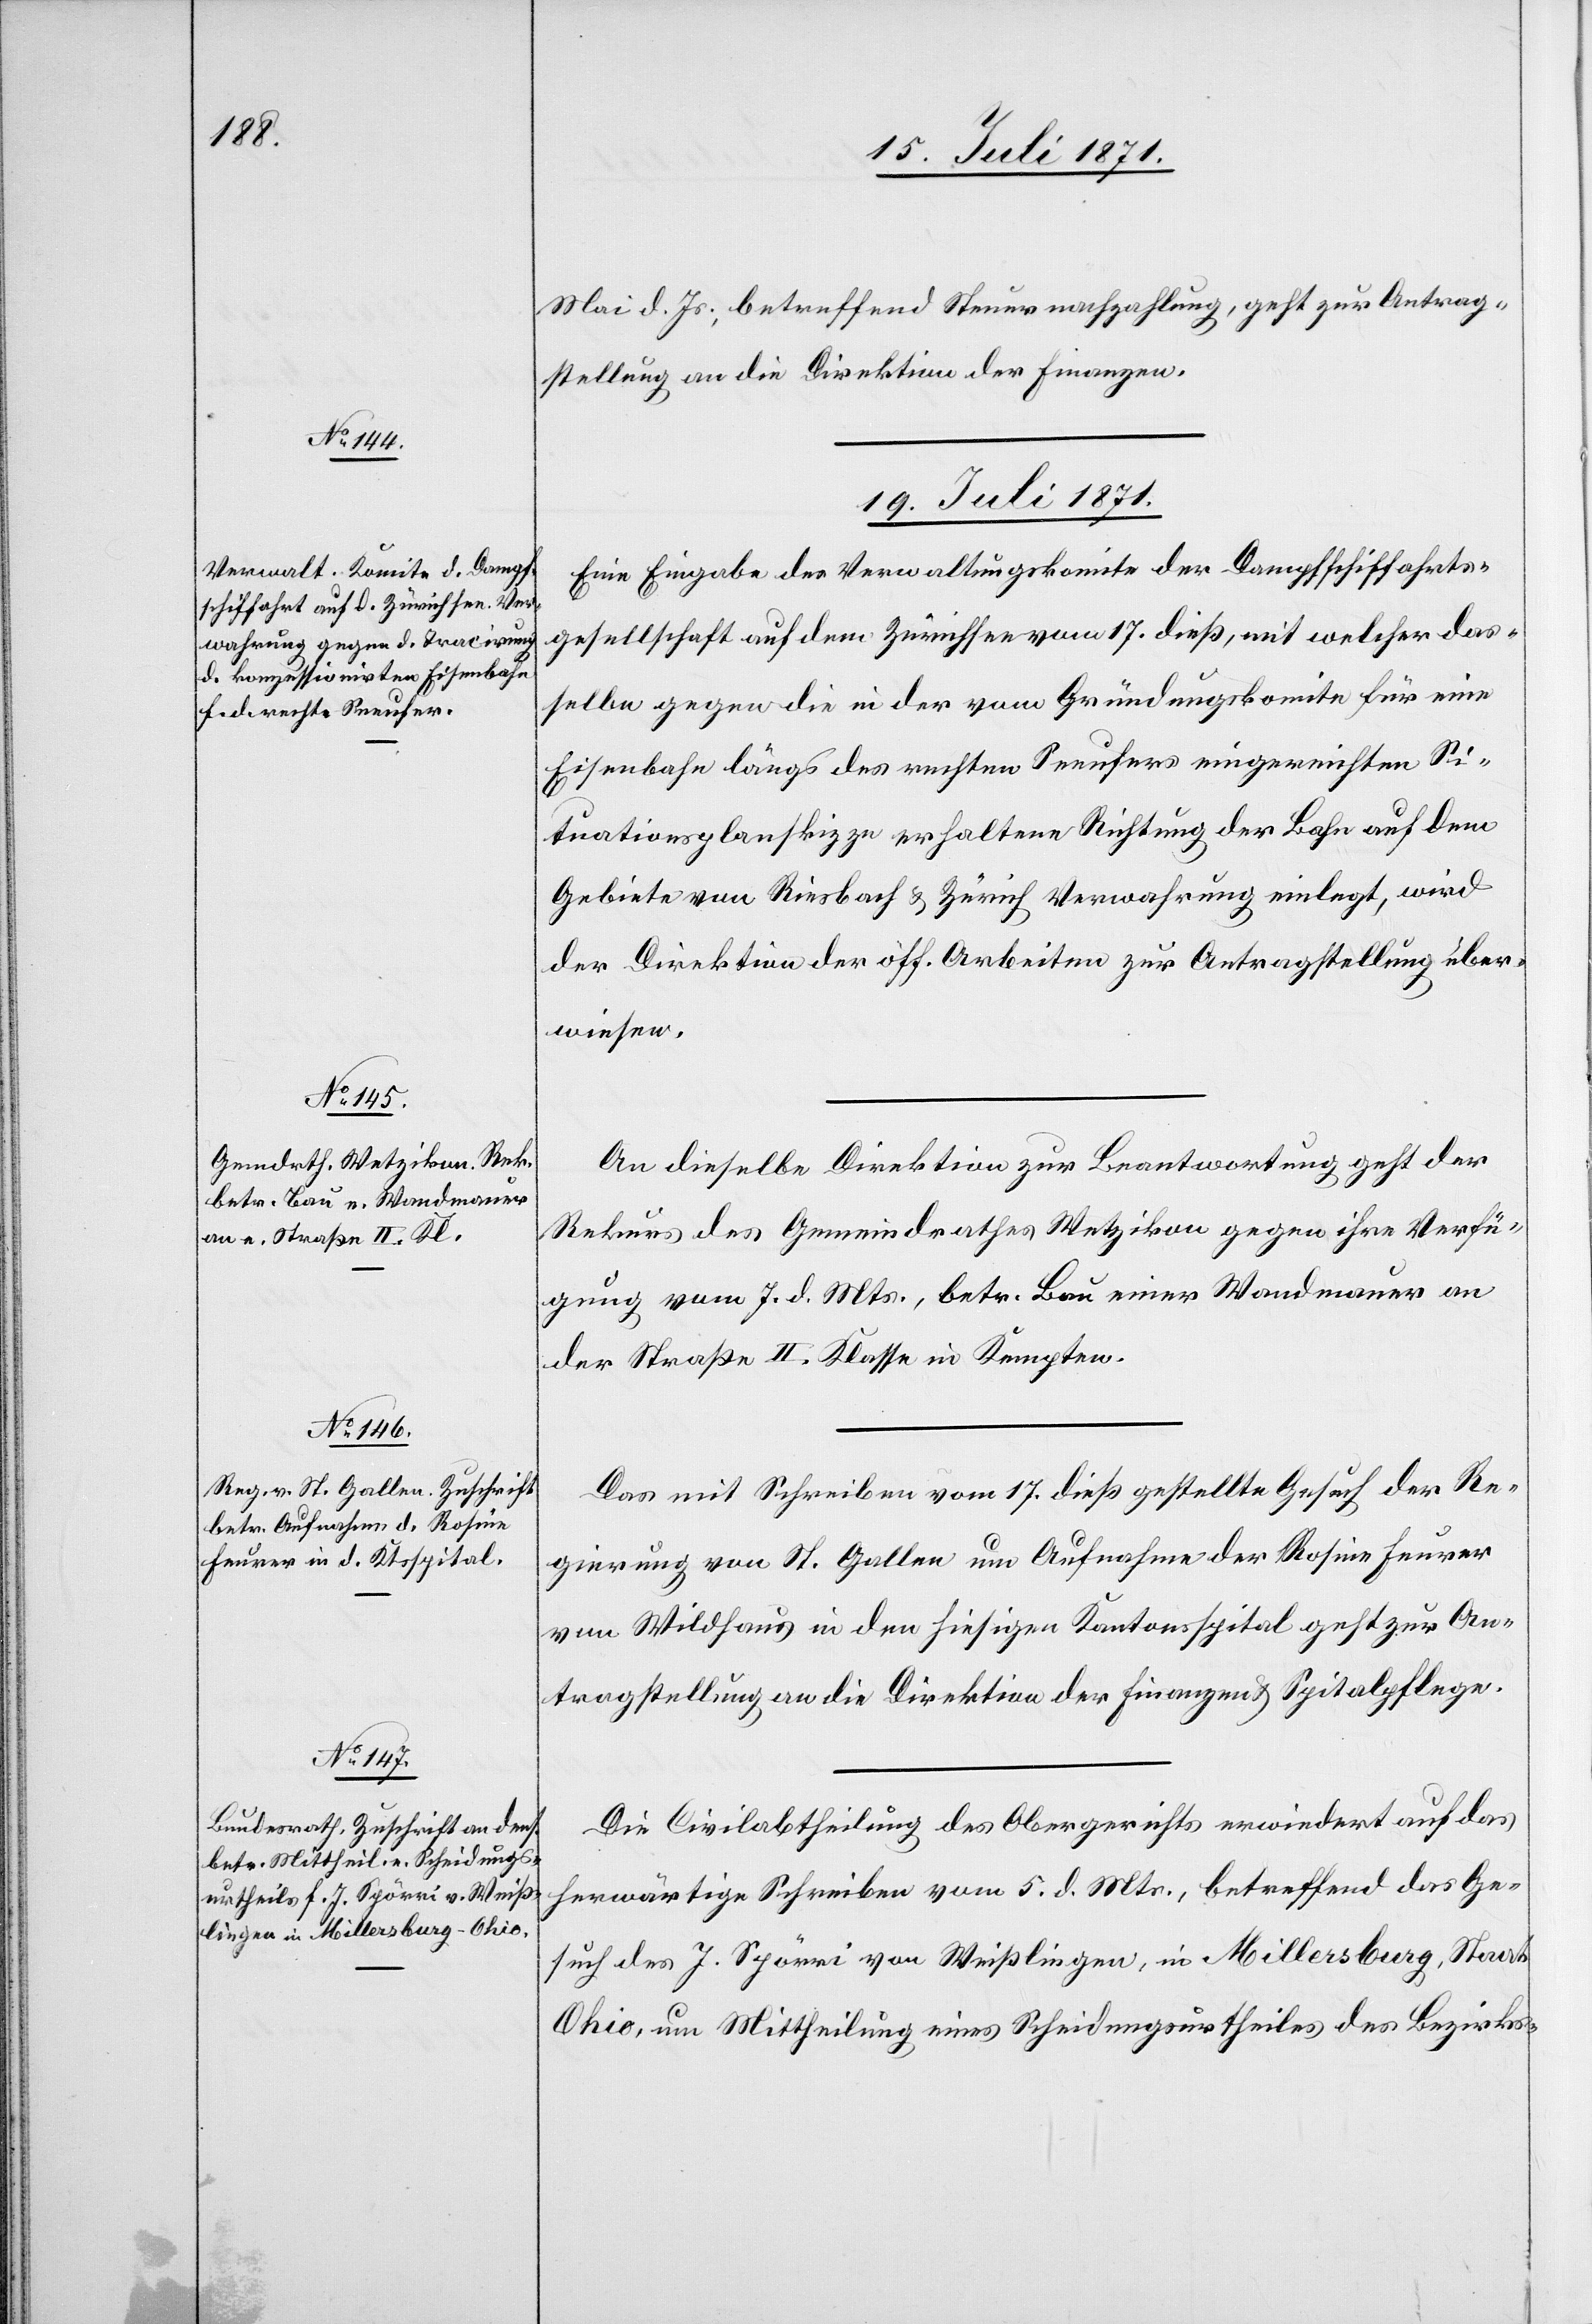
Mai d. Js., betreffend Steuernachzahlung, geht zur Antrag¬
stellung an die Direktion der Finanzen.
19. Juli 1871.]
Eine Eingabe des Verwaltungskomite der Dampfschiffahrts¬
gesellschaft auf dem Zürichsee vom 17. dieß, mit welcher das¬
selbe gegen die in der vom Gründungskomite für eine
Eisenbahn längs des rechten Seeufers eingereichten Si¬
tuationsplanskizze erhaltene Richtung der Bahn auf dem
Gebiete von Riesbach u. Zürich Verwahrung einlegt, wird
der Direktion der öff. Arbeiten zur Antragstellung über¬
weisen.
An dieselbe Direktion zur Beantwortung geht der
Rekurs des Gemeindrathes Wetzikon gegen ihre Verfü¬
gung vom 7. d. Mts., betr. Bau einer Wandmauer an
der Straße II. Klasse in Kempten.
Da mit Schreiben vom 17. dieß gestellte Gesuch der Re¬
gierung von St. Gallen um Aufnahme der Rosine Feurer
von Wildhaus in den hiesigen Kantonsspital geht zur An¬
tragstellung an die Direktion der Finanzen u. Spitalpflege.
Die Civilabtheilung des Obergerichts erwiedert auf das
herwärtige Schreiben vom 5. d. Mts., betreffen das Ge¬
such des J. Spörri von Weißlingen, in Millersburg, Staats
Ohio, um Mittheilung eines Scheidungsurtheiles des Bezirks-